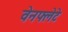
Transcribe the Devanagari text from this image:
वेनफ्लेटे